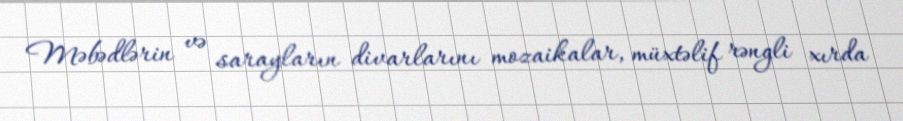
Məbədlərin və sarayların divarlarını mozaikalar, müxtəlif rəngli xırda